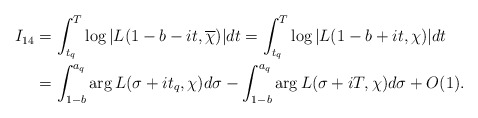
\begin{align*}I_{14} &= \int_{t_q}^T \log{|L(1-b-it,\overline{\chi})|} dt = \int_{t_q}^T \log{|L(1-b+it,\chi)|} dt \\&= \int_{1-b}^{a_q} \arg{L(\sigma+it_q,\chi)} d\sigma - \int_{1-b}^{a_q} \arg{L(\sigma+iT,\chi)} d\sigma +O(1).\end{align*}